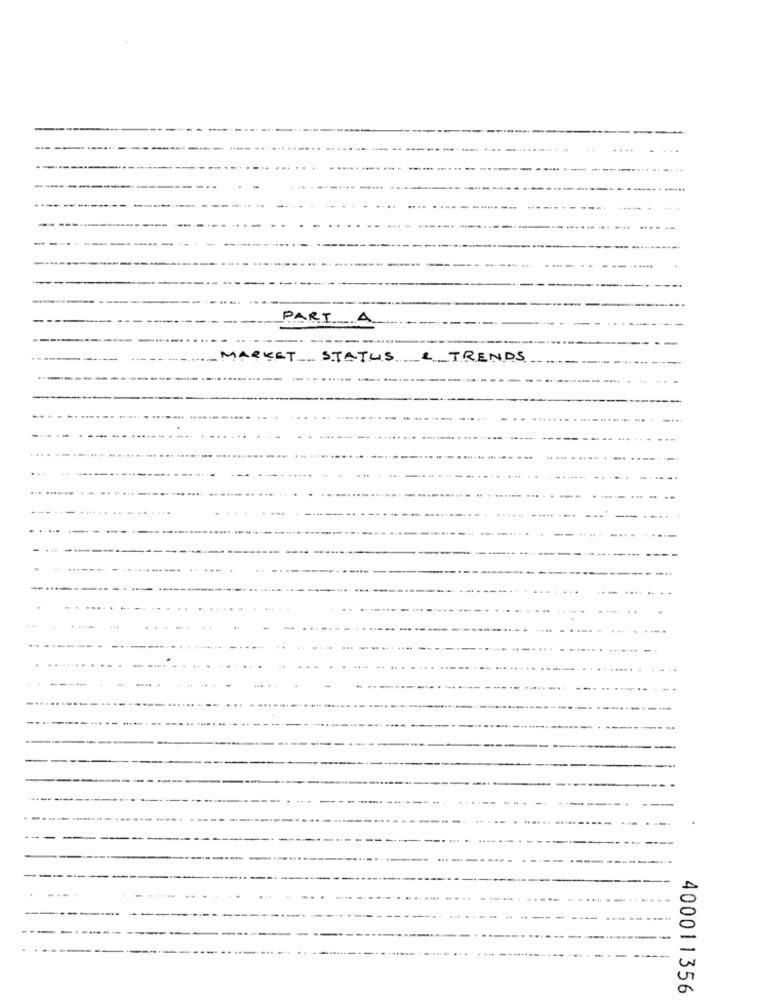
PART 4
MARKET STATUS
........ TRENDS
400011356